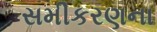
સમીકરણના